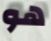
هو